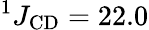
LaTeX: ^1J_{\mathrm{CD}}=22.0